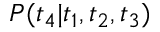
P ( t _ { 4 } | t _ { 1 } , t _ { 2 } , t _ { 3 } )